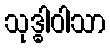
သုဒ္ဓါဝါသာ